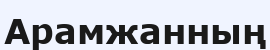
Арамжанның